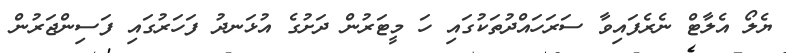
ޔެލޯ އެލާޓް ނެރެފައިވާ ސަރަހައްދުތަކުގައި ހަ މީޓަރުން ދަށުގެ އުޅަނދު ފަހަރުގައި ފަސިންޖަރުން